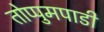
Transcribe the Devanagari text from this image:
तोप्पुमपाडी